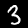
Label: 3